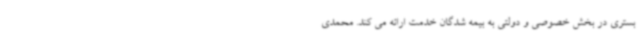
بستری در بخش خصوصی و دولتی به بیمه شدگان خدمت ارائه می کند. محمدی